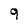
Character: 9